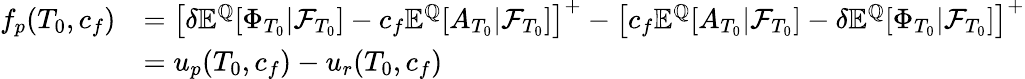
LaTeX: \begin{array}{rl}{f_{p}(T_{0},c_{f})}&{=\left[\delta{\mathbb E}^{{\mathbb Q}}[\Phi_{T_{0}}|{\mathcal F}_{T_{0}}]-c_{f}{\mathbb E}^{{\mathbb Q}}[A_{T_{0}}|{\mathcal F}_{T_{0}}]\right]^{+}-\left[c_{f}{\mathbb E}^{{\mathbb Q}}[A_{T_{0}}|{\mathcal F}_{T_{0}}]-\delta{\mathbb E}^{{\mathbb Q}}[\Phi_{T_{0}}|{\mathcal F}_{T_{0}}]\right]^{+}}\\ &{=u_{p}(T_{0},c_{f})-u_{r}(T_{0},c_{f})}\end{array}